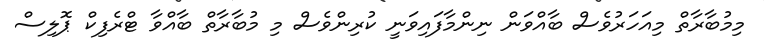
މިމުބާރާތް މިއަހަރުވެސް ބާއްވަން ނިންމާފައިވަނީ ކުރިންވެސް މި މުބާރާތް ބާއްވާ ޓްރެފިކް ޕޮލިސް